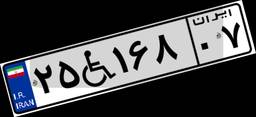
۲۵W۱۶۸۰۷